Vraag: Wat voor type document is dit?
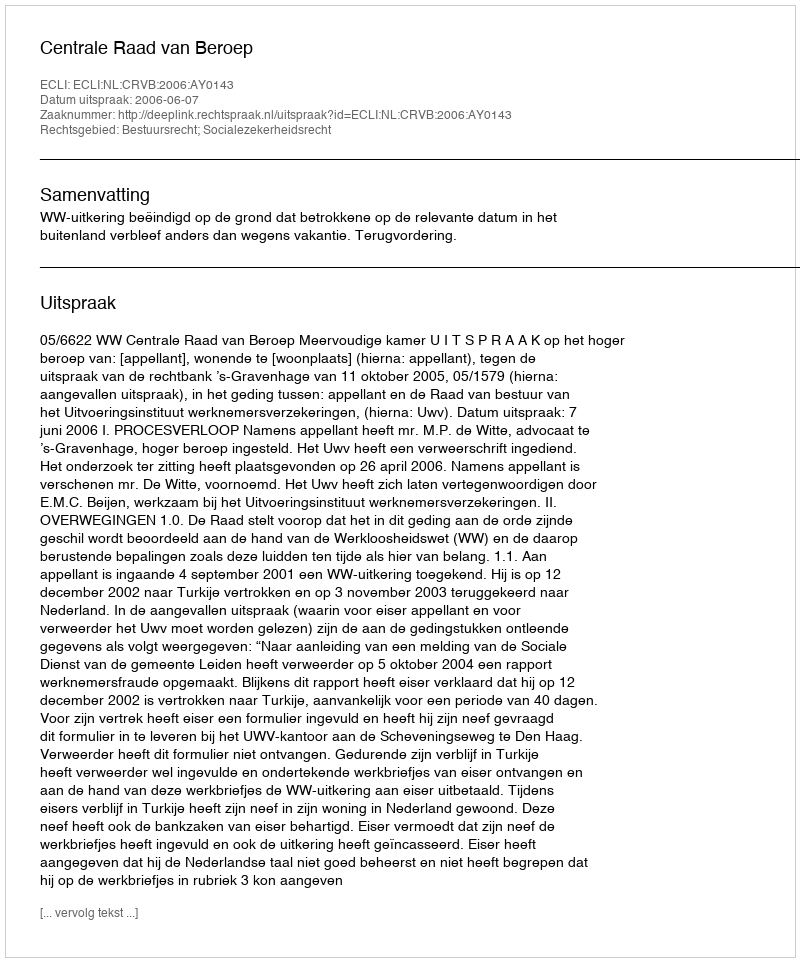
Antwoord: Uitspraak